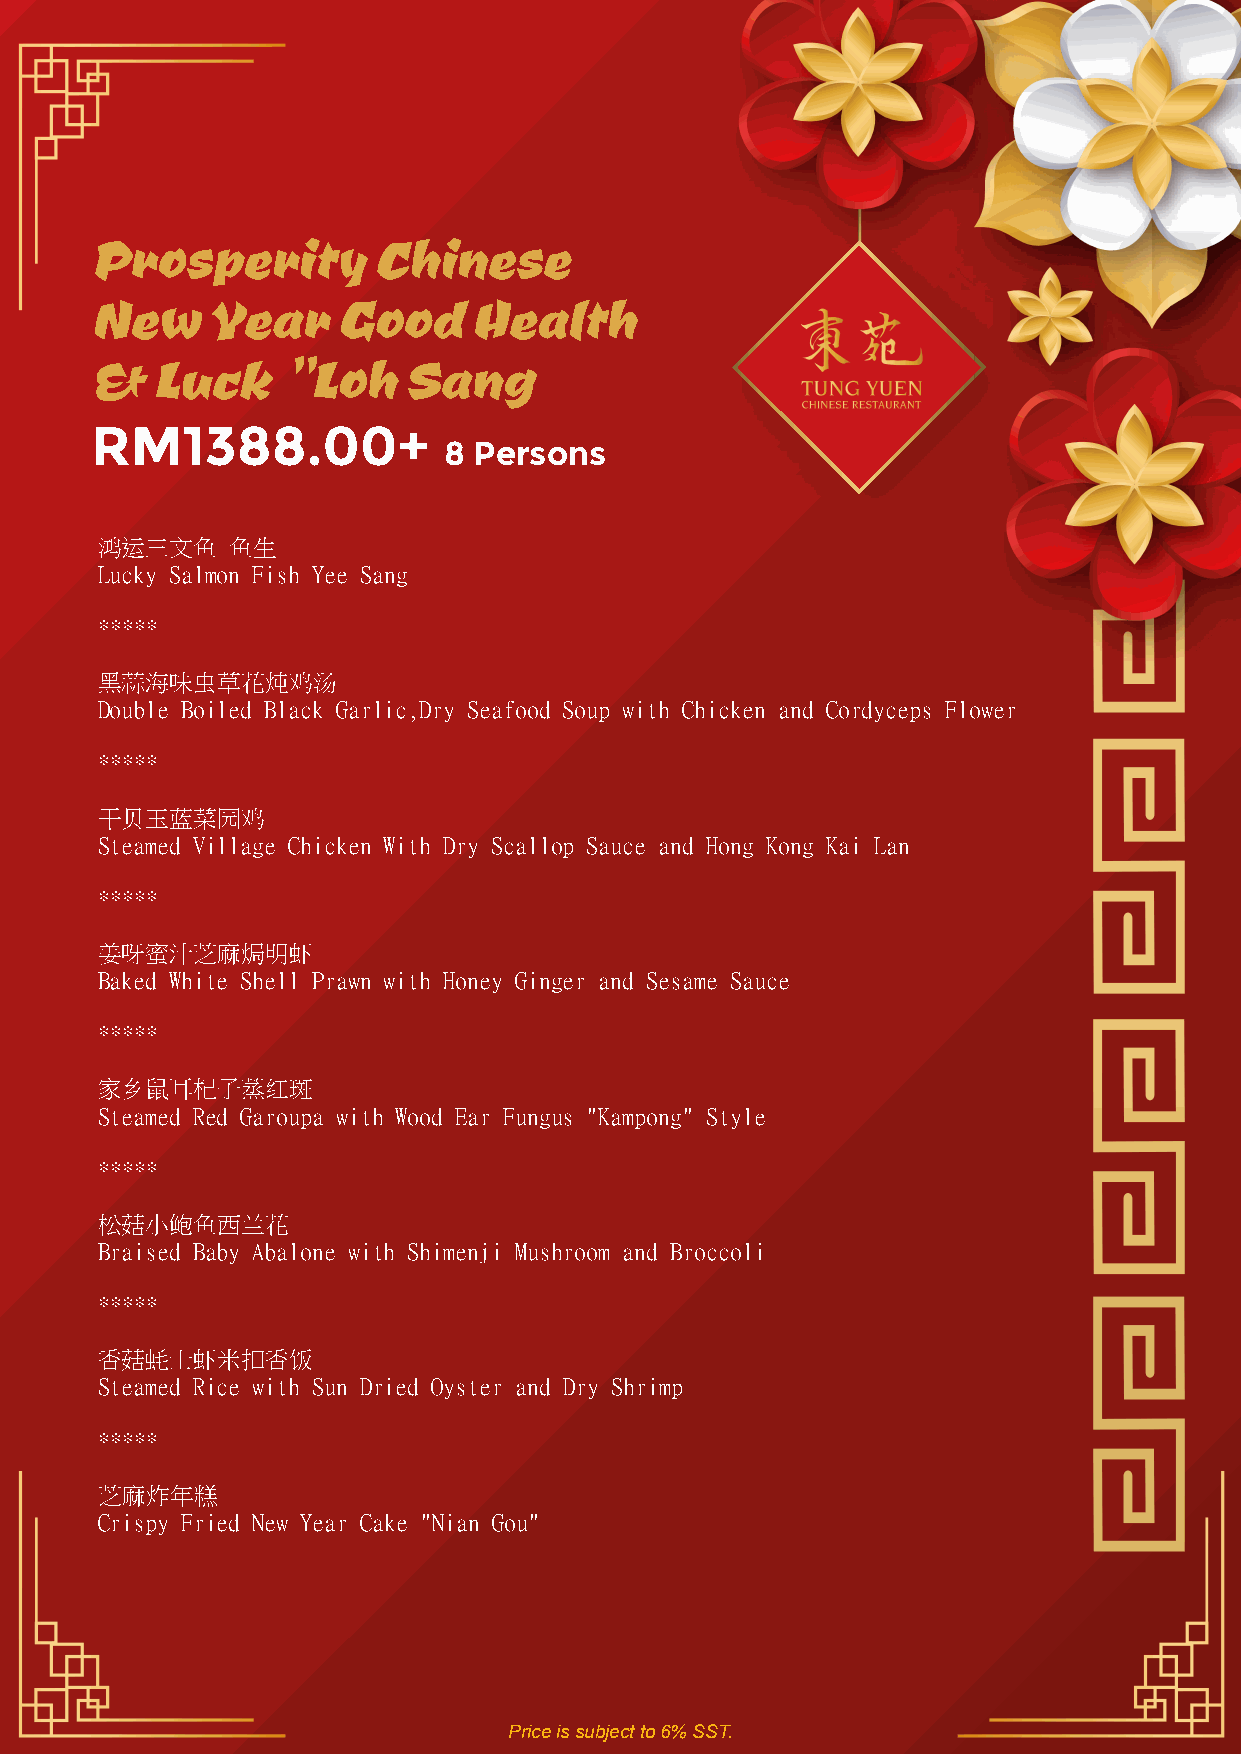
Prosperity         Chinese
 New     Year    Good     Health
 &   Luck     "Loh    Sang
 RM1388.00+
 8 Persons
 鸿运三文鱼    鱼生
 Lucky Salmon Fish Yee Sang
 *****
 黑蒜海味虫草花炖鸡汤
 Double Boiled Black Garlic,Dry Seafood Soup with Chicken and Cordyceps Flower
 *****
 干贝玉蓝菜园鸡
 Steamed Village Chicken With Dry Scallop Sauce and Hong Kong Kai Lan
 *****
 姜呀蜜汁芝麻焗明虾
 Baked White Shell Prawn with Honey Ginger and Sesame Sauce
 *****
 家乡鼠耳杞子蒸红斑
 Steamed Red Garoupa with Wood Ear Fungus "Kampong" Style
 *****
 松菇小鲍鱼西兰花
 Braised Baby Abalone with Shimenji Mushroom and Broccoli
 *****
 香菇蚝士虾米扣香饭
 Steamed Rice with Sun Dried Oyster and Dry Shrimp
 *****
 芝麻炸年糕
 Crispy Fried New Year Cake "Nian Gou"
 Price is subject to 6% SST.